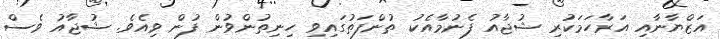
އަޒްޔާނާއި އަރާހަމަކުރި ޝުޖާއު ފެނުމާއެކު ތުންފަތުގައިވި ހިނިތުންވުން ފުން ވިއެވެ. ޝުޖާއު ވެސް